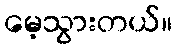
မေ့သွားတယ်။